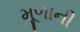
મૂળાની